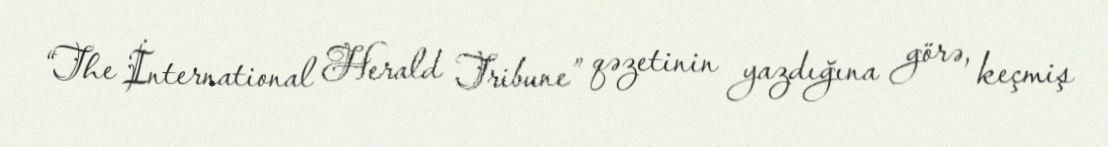
“The İnternational Herald Tribune” qəzetinin yazdığına görə, keçmiş